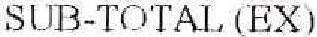
SUB-TOTAL (EX)